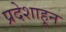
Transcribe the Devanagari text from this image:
प्रदेशाहून